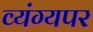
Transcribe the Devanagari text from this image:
व्यंग्यपर